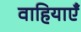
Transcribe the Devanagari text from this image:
वाहियाएँ